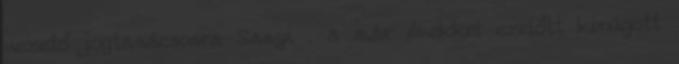
vezető jogtanácsosra Sanyi , a már évekkel ezelőtt kirúgott